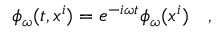
\phi _ { \omega } ( t , x ^ { i } ) = e ^ { - i \omega t } \phi _ { \omega } ( x ^ { i } ) ~ ~ ~ ,